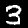
Digit: 3